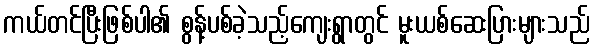
ကယ်တင်ပြီးဖြစ်ပါ၏ စွန့်ပစ်ခဲ့သည့်ကျေးရွာတွင် မူးယစ်ဆေးပြားများသည်